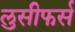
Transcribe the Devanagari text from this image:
लुसीफर्स